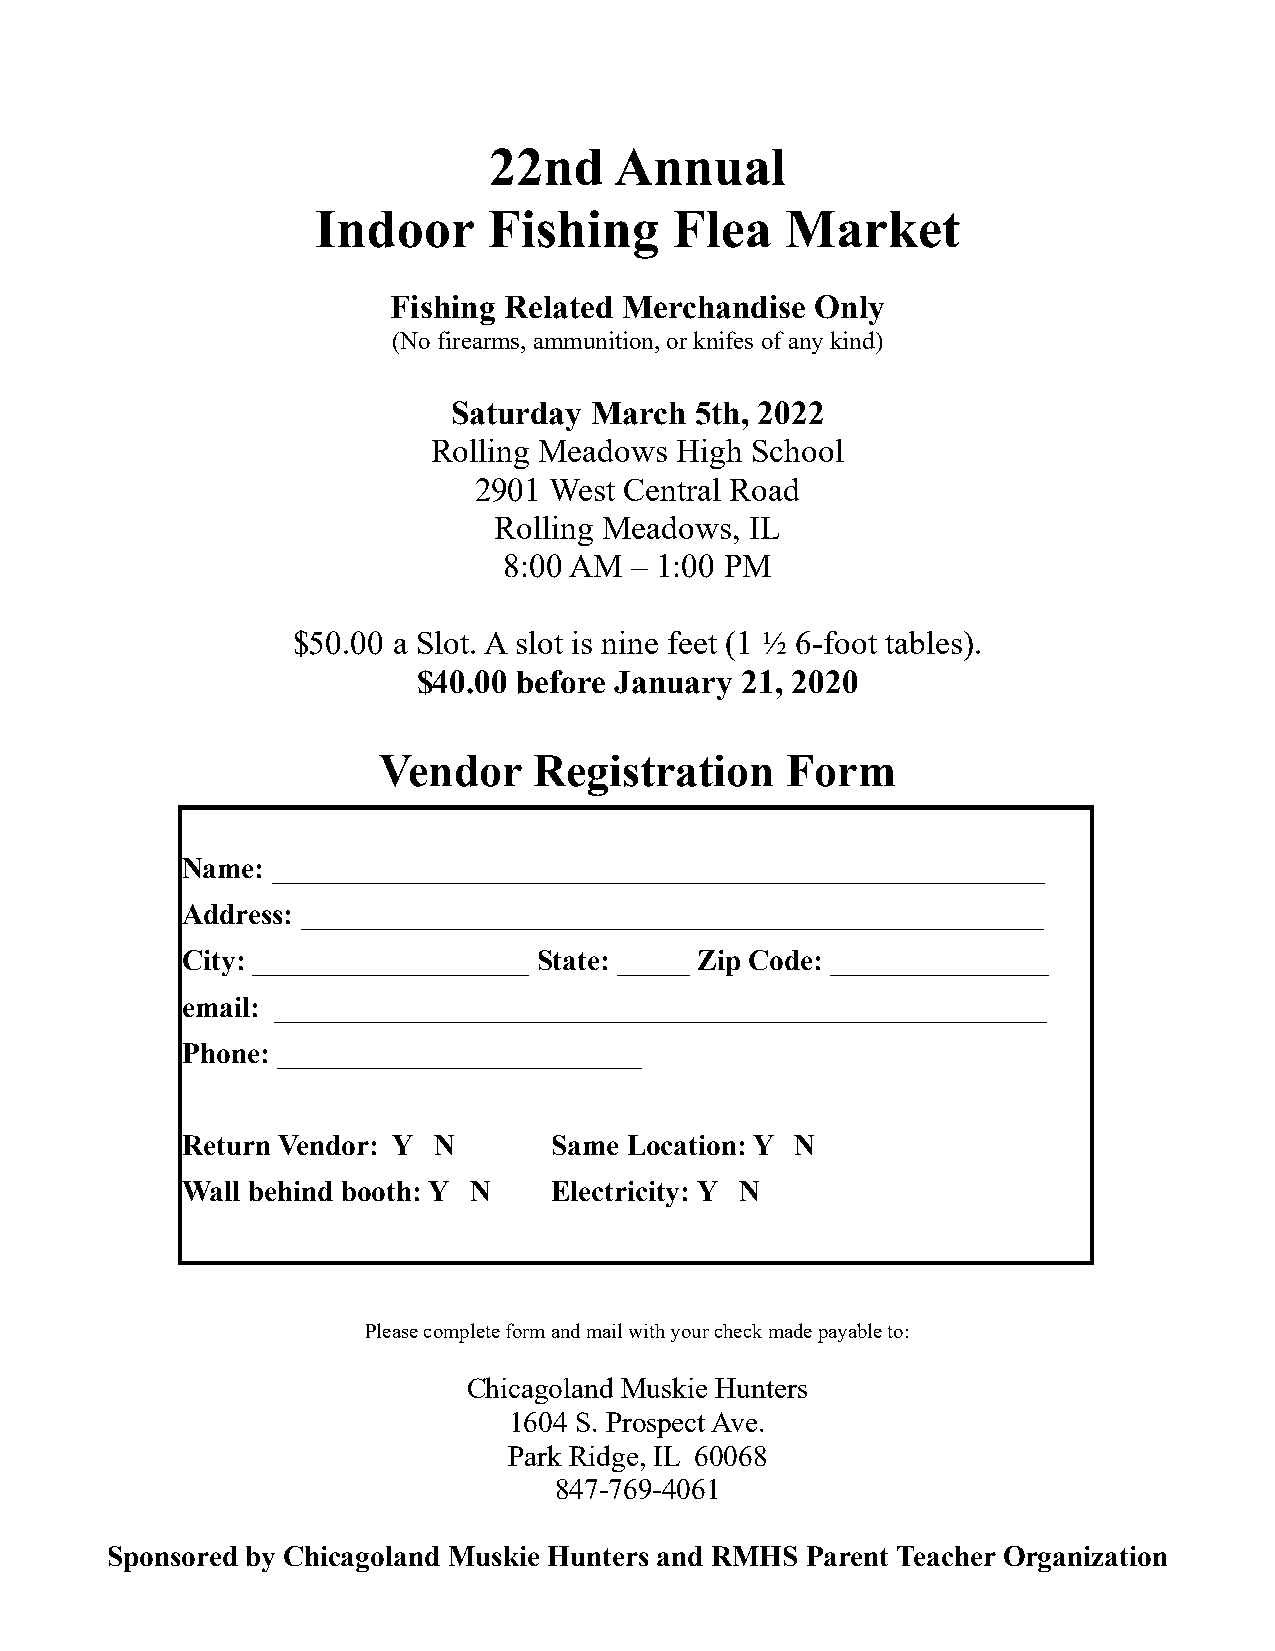
22nd     Annual
 Indoor     Fishing      Flea   Market
 Fishing Related Merchandise Only
 (No firearms, ammunition, or knifes of any kind)
 Saturday March  5th, 2022
 Rolling Meadows High School
 2901 West Central Road
 Rolling Meadows, IL
 8:00 AM  – 1:00 PM
 $50.00 a Slot. A slot is nine feet (1 ½ 6-foot tables).
 $40.00 before January 21, 2020
 Vendor    Registration     Form
 Name: _____________________________________________________
 Address: ___________________________________________________
 City: ___________________ State: _____ Zip Code: _______________
 email: _____________________________________________________
 Phone: _________________________
 Return Vendor: Y N      Same Location: Y N
 Wall behind booth: Y N  Electricity: Y N
 Please complete form and mail with your check made payable to:
 Chicagoland Muskie Hunters
 1604 S. Prospect Ave.
 Park Ridge, IL 60068
 847-769-4061
 Sponsored by Chicagoland Muskie Hunters and RMHS Parent Teacher Organization